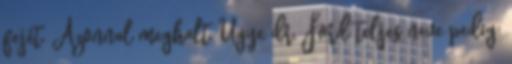
fejét. Azonnal meghalt. Ugye dr. Ford teljes neve pedig: